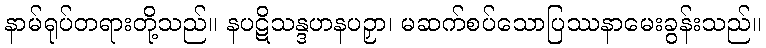
နာမ်ရုပ်တရားတို့သည်။ နပဋိသန္ဒဟနပဉှာ၊ မဆက်စပ်သောပြဿနာမေးခွန်းသည်။